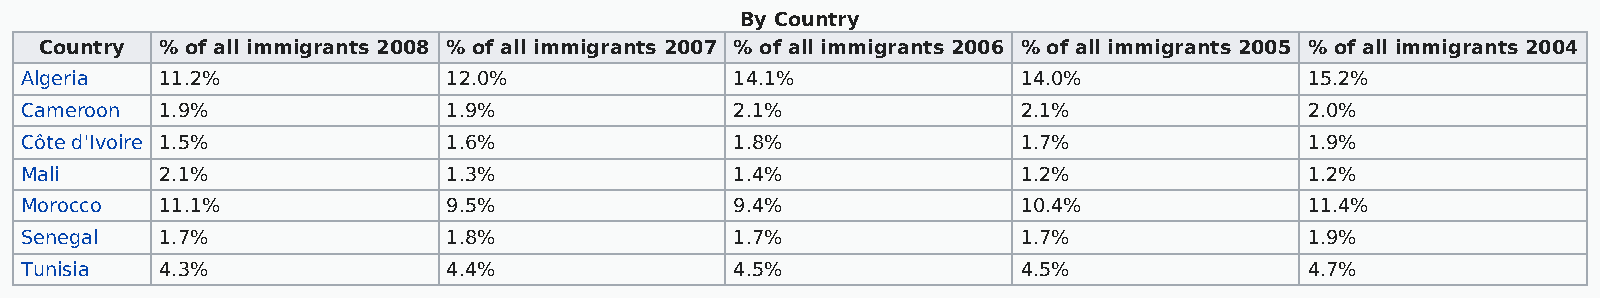
By Country
 Country % of all immigrants 2008 % of all immigrants 2007 % of all immigrants 2006 % of all immigrants 2005 % of all immigrants 2004
 Algeria   11.2%              12.0%              14.1%              14.0%              15.2%
 Cameroon  1.9%               1.9%               2.1%               2.1%               2.0%
 Côte d'Ivoire 1.5%           1.6%               1.8%               1.7%               1.9%
 Mali      2.1%               1.3%               1.4%               1.2%               1.2%
 Morocco   11.1%              9.5%               9.4%               10.4%              11.4%
 Senegal   1.7%               1.8%               1.7%               1.7%               1.9%
 Tunisia   4.3%               4.4%               4.5%               4.5%               4.7%